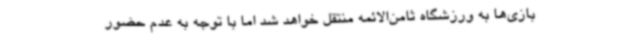
بازی‌ها به ورزشگاه ثامن‌الائمه منتقل خواهد شد اما با توجه به عدم حضور